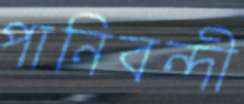
পানিবন্দী